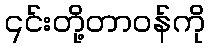
၎င်းတို့တာဝန်ကို